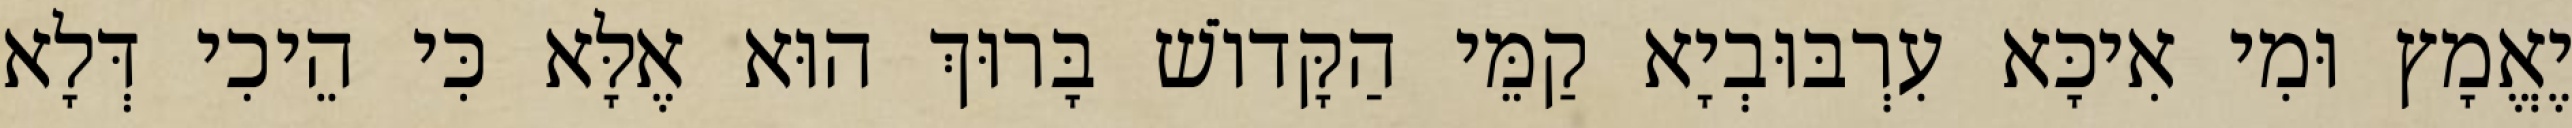
יֶאֱמָץ וּמִי אִיכָּא עִרְבּוּבְיָא קַמֵּי הַקָּדוֹשׁ בָּרוּךְ הוּא אֶלָּא כִּי הֵיכִי דְּלָא